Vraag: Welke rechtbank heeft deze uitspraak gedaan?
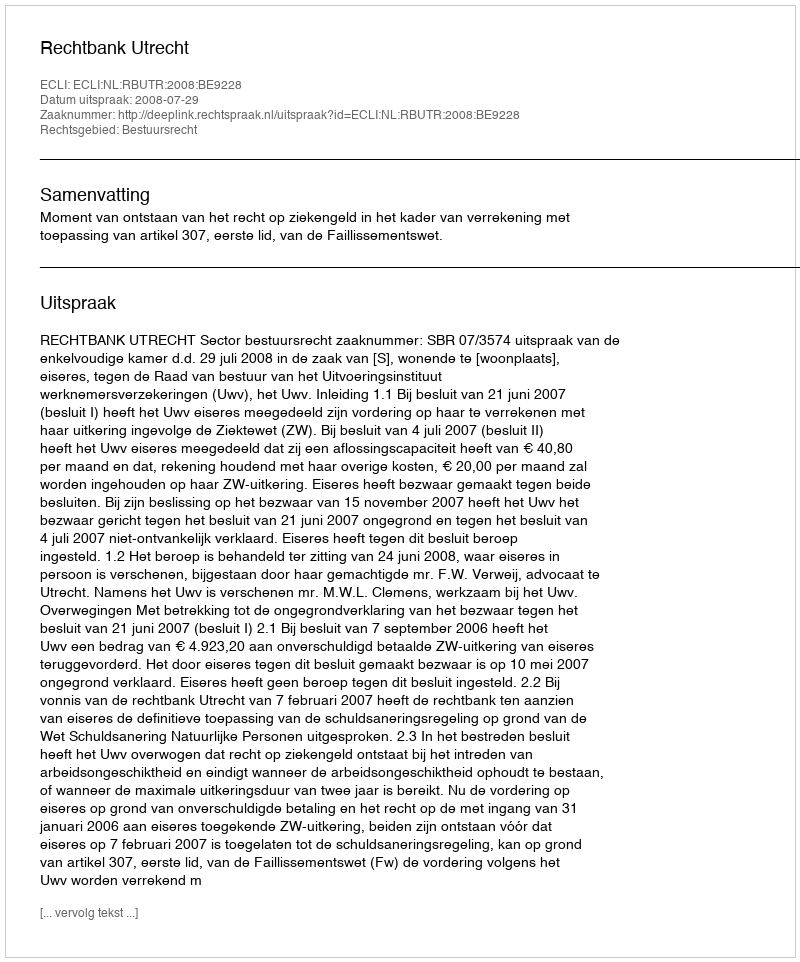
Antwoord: Rechtbank Utrecht